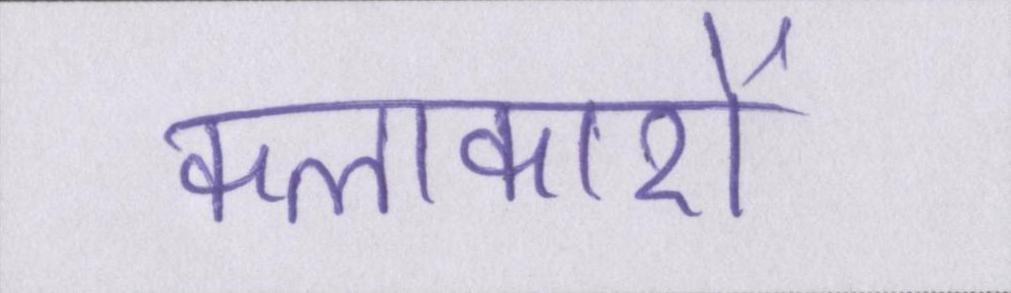
कलाकारों